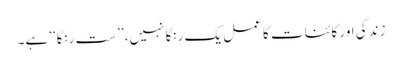
زندگی اور کائنات کا عمل یک رنگا نہیں، ’’ست رنگا‘‘ ہے۔